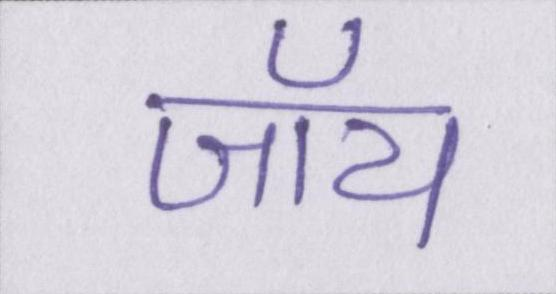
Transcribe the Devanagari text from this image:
जॉय